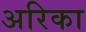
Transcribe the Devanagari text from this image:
अरिका